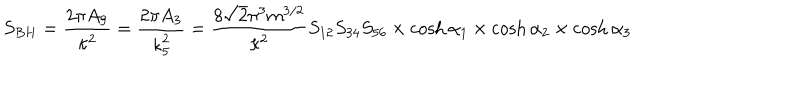
S _ { B H } = \frac { 2 \pi A _ { 9 } } { \kappa ^ { 2 } } = \frac { 2 \pi A _ { 3 } } { \kappa _ { 5 } ^ { 2 } } = \frac { 8 \sqrt { 2 } \pi ^ { 3 } m ^ { 3 / 2 } } { \kappa ^ { 2 } } S _ { 1 2 } S _ { 3 4 } S _ { 5 6 } \times \cosh \alpha _ { 1 } \times \cosh \alpha _ { 2 } \times \cosh \alpha _ { 3 }